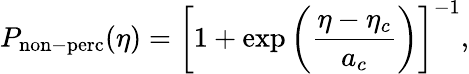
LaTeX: P_{\mathrm{non-perc}}(\eta)=\left[1+\exp\left(\frac{\eta-\eta_{c}}{a_{c}}\right)\right]^{-1},